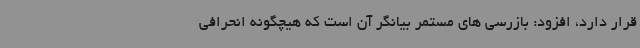
قرار دارد، افزود: بازرسی های مستمر بیانگر آن است که هیچگونه انحرافی